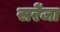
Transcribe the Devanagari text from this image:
सरेंजा